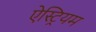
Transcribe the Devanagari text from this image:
ऐस्ट्रियम